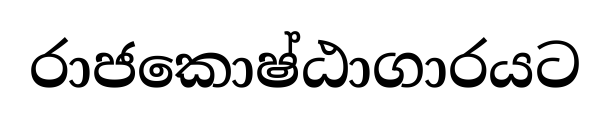
රාජකොෂ්ඨාගාරයට